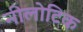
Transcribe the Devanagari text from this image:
नीलोटिक